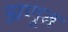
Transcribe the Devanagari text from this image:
ह्मणून